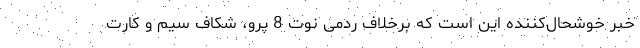
خبر خوشحال‌کننده این است که برخلاف ردمی نوت 8 پرو، شکاف سیم و کارت